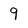
Character: 9